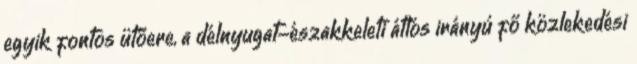
egyik fontos ütőere, a délnyugat-északkeleti átlós irányú fő közlekedési